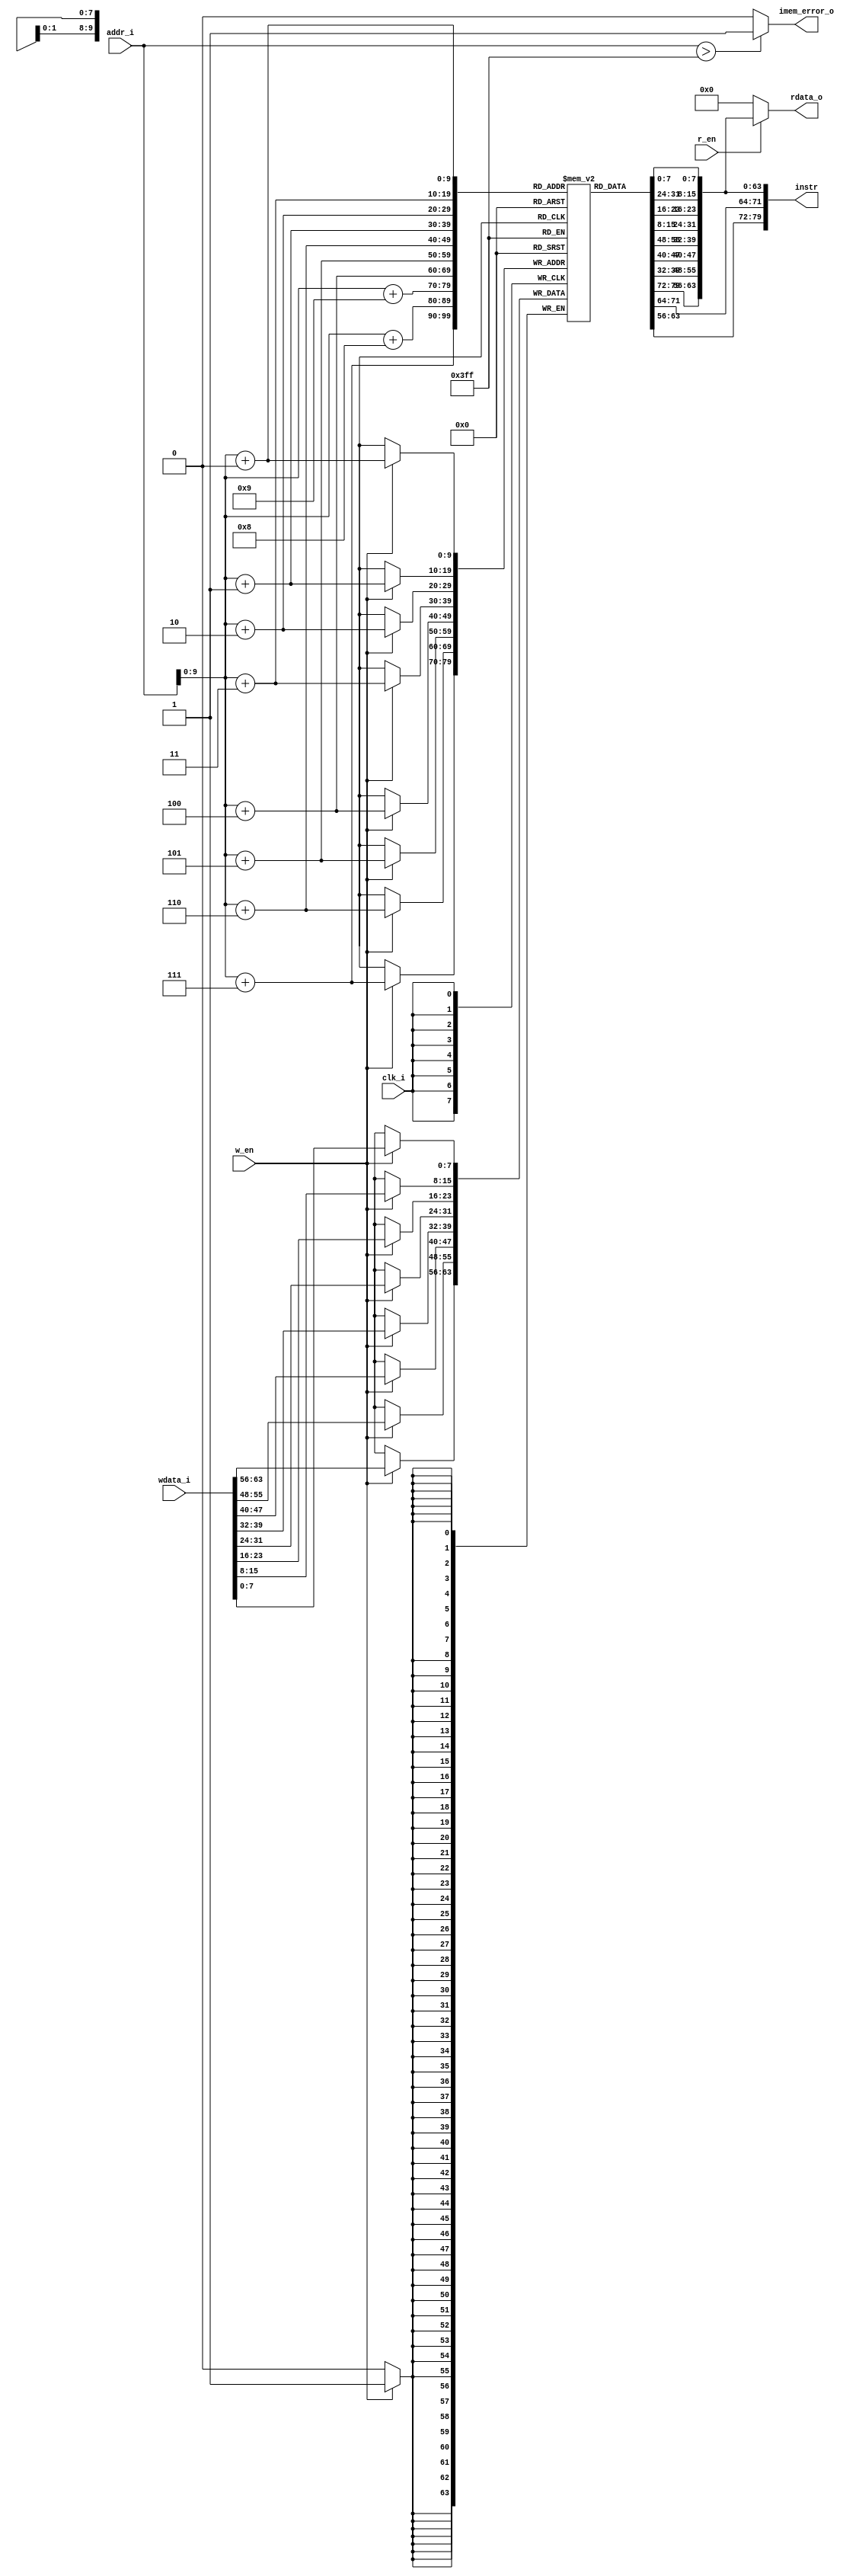
module ram(
input wire clk_i,
input wire r_en,
input wire w_en,
input wire [63:0] addr_i, 
input wire [63:0] wdata_i, 
output wire [63:0] rdata_o,
output wire [79:0] instr,
output wire   imem_error_o
);

reg [7:0] mem[0:1023];

assign imem_error_o = (addr_i> 1023)? 1:0;


//fetch_stage
wire [63:0] PC_i;

assign PC_i=addr_i;

    // fetch 10 byte from instruction memory (small end method)
    assign  instr = {
	    mem[PC_i + 9], mem[PC_i + 8], mem[PC_i + 7],
	    mem[PC_i + 6], mem[PC_i + 5], mem[PC_i + 4],
	    mem[PC_i + 3], mem[PC_i + 2], mem[PC_i + 1],
	    mem[PC_i + 0]};


//memory access stage

//whether the read singal is efficient
assign rdata_o = (r_en == 1'b1)?({mem[addr_i+7],mem[addr_i+6],mem[addr_i+ 5],mem[addr_i+4],mem[addr_i+3],mem[addr_i+2],mem[addr_i+1], mem[addr_i+0]}):64'b0;


always @(posedge clk_i)begin

  if(w_en)begin
{mem[addr_i+7],mem[addr_i+6],mem[addr_i+5],mem[addr_i+4],mem[addr_i+3],mem[addr_i+2],mem[addr_i+1],mem[addr_i+0]}<=wdata_i;
   end
end

integer i;

initial begin
       for(i=0;i<1024;i=i+1)mem[i]=8'h00;

end



 initial  begin
//                            | # Modification of asum code to compute absolute values of entries.
//                            | # This version uses a conditional jump
//                            | # Execution begins at address 0 
//0x000:                      | 	.pos 0 
//0x000: 30f40002000000000000 | 	irmovq stack, %rsp  	# Set up stack pointer  
    mem[0] = 8'h30;
    mem[1] = 8'hf4;
    mem[2] = 8'h00;
    mem[3] = 8'h02;
    mem[4] = 8'h00;
    mem[5] = 8'h00;
    mem[6] = 8'h00;
    mem[7] = 8'h00;
    mem[8] = 8'h00;
    mem[9] = 8'h00;
//0x00a: 803800000000000000   | 	call main		# Execute main program
    mem[10] = 8'h80;
    mem[11] = 8'h38;
    mem[12] = 8'h00;
    mem[13] = 8'h00;
    mem[14] = 8'h00;
    mem[15] = 8'h00;
    mem[16] = 8'h00;
    mem[17] = 8'h00;
    mem[18] = 8'h00;
//0x013: 00                   | 	halt			# Terminate program 
    mem[19] = 8'h00;
//                            | 
//                            | # Array of 4 elements
//0x018:                      | 	.align 8 	
//0x018: 0d000d000d000000     | array:	.quad 0x00 00 00 0d000d000d
    mem[24] = 8'h0d;
    mem[25] = 8'h00;
    mem[26] = 8'h0d;
    mem[27] = 8'h00;
    mem[28] = 8'h0d;
    mem[29] = 8'h00;
    mem[30] = 8'h00;
    mem[31] = 8'h00;
//0x020: 40ff3fff3fffffff     | 	.quad 0xff ff ff 3f ff 3f ff 40  # -0x000000c000c000c0
    mem[32] = 8'h40;
    mem[33] = 8'hff;
    mem[34] = 8'h3f;
    mem[35] = 8'hff;
    mem[36] = 8'h3f;
    mem[37] = 8'hff;
    mem[38] = 8'hff;
    mem[39] = 8'hff;
//0x028: 000b000b000b0000     | 	.quad 0x00 00 0b000b000b00
    mem[40] = 8'h00;
    mem[41] = 8'h0b;
    mem[42] = 8'h00;
    mem[43] = 8'h0b;
    mem[44] = 8'h00;
    mem[45] = 8'h0b;
    mem[46] = 8'h00;
    mem[47] = 8'h00;
//0x030: 0060ff5fff5fffff     | 	.quad 0xff ff 5f ff 5f ff 6000  # -0x0000a000a000a000  
    mem[48] = 8'h00;
    mem[49] = 8'h60;
    mem[50] = 8'hff;
    mem[51] = 8'h5f;
    mem[52] = 8'hff;
    mem[53] = 8'h5f;
    mem[54] = 8'hff;
    mem[55] = 8'hff;
//                            | 
//0x038: 30f71800000000000000 | main:	irmovq array,%rdi	
    mem[56] = 8'h30;
    mem[57] = 8'hf7;
    mem[58] = 8'h18;
    mem[59] = 8'h00;
    mem[60] = 8'h00;
    mem[61] = 8'h00;
    mem[62] = 8'h00;
    mem[63] = 8'h00;
    mem[64] = 8'h00;
    mem[65] = 8'h00;
//0x042: 30f60400000000000000 | 	irmovq $4,%rsi
    mem[66] = 8'h30;
    mem[67] = 8'hf6;
    mem[68] = 8'h04;
    mem[69] = 8'h00;
    mem[70] = 8'h00;
    mem[71] = 8'h00;
    mem[72] = 8'h00;
    mem[73] = 8'h00;
    mem[74] = 8'h00;
    mem[75] = 8'h00;
//0x04c: 805600000000000000   | 	call absSum		# absSum(array, 4)
    mem[76] = 8'h80;
    mem[77] = 8'h56;
    mem[78] = 8'h00;
    mem[79] = 8'h00;
    mem[80] = 8'h00;
    mem[81] = 8'h00;
    mem[82] = 8'h00;
    mem[83] = 8'h00;
    mem[84] = 8'h00;
//0x055: 90                   | 	ret 
    mem[85] = 8'h90;
//                            | /* $begin abs-sum-jmp-ys */
//                            | # long absSum(long *start, long count)
//                            | # start in %rdi, count in %rsi
//0x056:                      | absSum:
//0x056: 30f80800000000000000 | 	irmovq $8,%r8           # Constant 8
    mem[86] = 8'h30;
    mem[87] = 8'hf8;
    mem[88] = 8'h08;
    mem[89] = 8'h00;
    mem[90] = 8'h00;
    mem[91] = 8'h00;
    mem[92] = 8'h00;
    mem[93] = 8'h00;
    mem[94] = 8'h00;
    mem[95] = 8'h00;
//0x060: 30f90100000000000000 | 	irmovq $1,%r9	        # Constant 1
    mem[96] = 8'h30;
    mem[97] = 8'hf9;
    mem[98] = 8'h01;
    mem[99] = 8'h00;
    mem[100] = 8'h00;
    mem[101] = 8'h00;
    mem[102] = 8'h00;
    mem[103] = 8'h00;
    mem[104] = 8'h00;
    mem[105] = 8'h00;
//0x06a: 6300                 | 	xorq %rax,%rax		# sum = 0
    mem[106] = 8'h63;
    mem[107] = 8'h00;
//0x06c: 6266                 | 	andq %rsi,%rsi		# Set condition codes
    mem[108] = 8'h62;
    mem[109] = 8'h66;
//0x06e: 709600000000000000   | 	jmp  test
    mem[110] = 8'h70;
    mem[111] = 8'h96;
    mem[112] = 8'h00;
    mem[113] = 8'h00;
    mem[114] = 8'h00;
    mem[115] = 8'h00;
    mem[116] = 8'h00;
    mem[117] = 8'h00;
    mem[118] = 8'h00;
//0x077:                      | loop:
//0x077: 50a70000000000000000 | 	mrmovq (%rdi),%r10	# x = *start
    mem[119] = 8'h50;
    mem[120] = 8'ha7;
    mem[121] = 8'h00;
    mem[122] = 8'h00;
    mem[123] = 8'h00;
    mem[124] = 8'h00;
    mem[125] = 8'h00;
    mem[126] = 8'h00;
    mem[127] = 8'h00;
    mem[128] = 8'h00;
//0x081: 63bb                 | 	xorq %r11,%r11          # Constant 0
    mem[129] = 8'h63;
    mem[130] = 8'hbb;
//0x083: 61ab                 | 	subq %r10,%r11		# -x
    mem[131] = 8'h61;
    mem[132] = 8'hab;
//0x085: 719000000000000000   | 	jle pos			# Skip if -x <= 0
    mem[133] = 8'h71;
    mem[134] = 8'h90;
    mem[135] = 8'h00;
    mem[136] = 8'h00;
    mem[137] = 8'h00;
    mem[138] = 8'h00;
    mem[139] = 8'h00;
    mem[140] = 8'h00;
    mem[141] = 8'h00;
//0x08e: 20ba                 | 	rrmovq %r11,%r10	# x = -x
    mem[142] = 8'h20;
    mem[143] = 8'hba;
//0x090:                      | pos:
//0x090: 60a0                 | 	addq %r10,%rax          # Add to sum
    mem[144] = 8'h60;
    mem[145] = 8'ha0;
//0x092: 6087                 | 	addq %r8,%rdi           # start++
    mem[146] = 8'h60;
    mem[147] = 8'h87;
//0x094: 6196                 | 	subq %r9,%rsi           # count--
    mem[148] = 8'h61;
    mem[149] = 8'h96;
//0x096:                      | test:
//0x096: 747700000000000000   | 	jne    loop             # Stop when 0
    mem[150] = 8'h74;
    mem[151] = 8'h77;
    mem[152] = 8'h00;
    mem[153] = 8'h00;
    mem[154] = 8'h00;
    mem[155] = 8'h00;
    mem[156] = 8'h00;
    mem[157] = 8'h00;
    mem[158] = 8'h00;
//0x09f: 90                   | 	ret
    mem[159] = 8'h90;
//                            | /* $end abs-sum-jmp-ys */
//                            | 
//                            | # The stack starts here and grows to lower addresses
//0x200:                      | 	.pos 0x200		
//0x200:                      | stack:	 
	
	end
endmodule